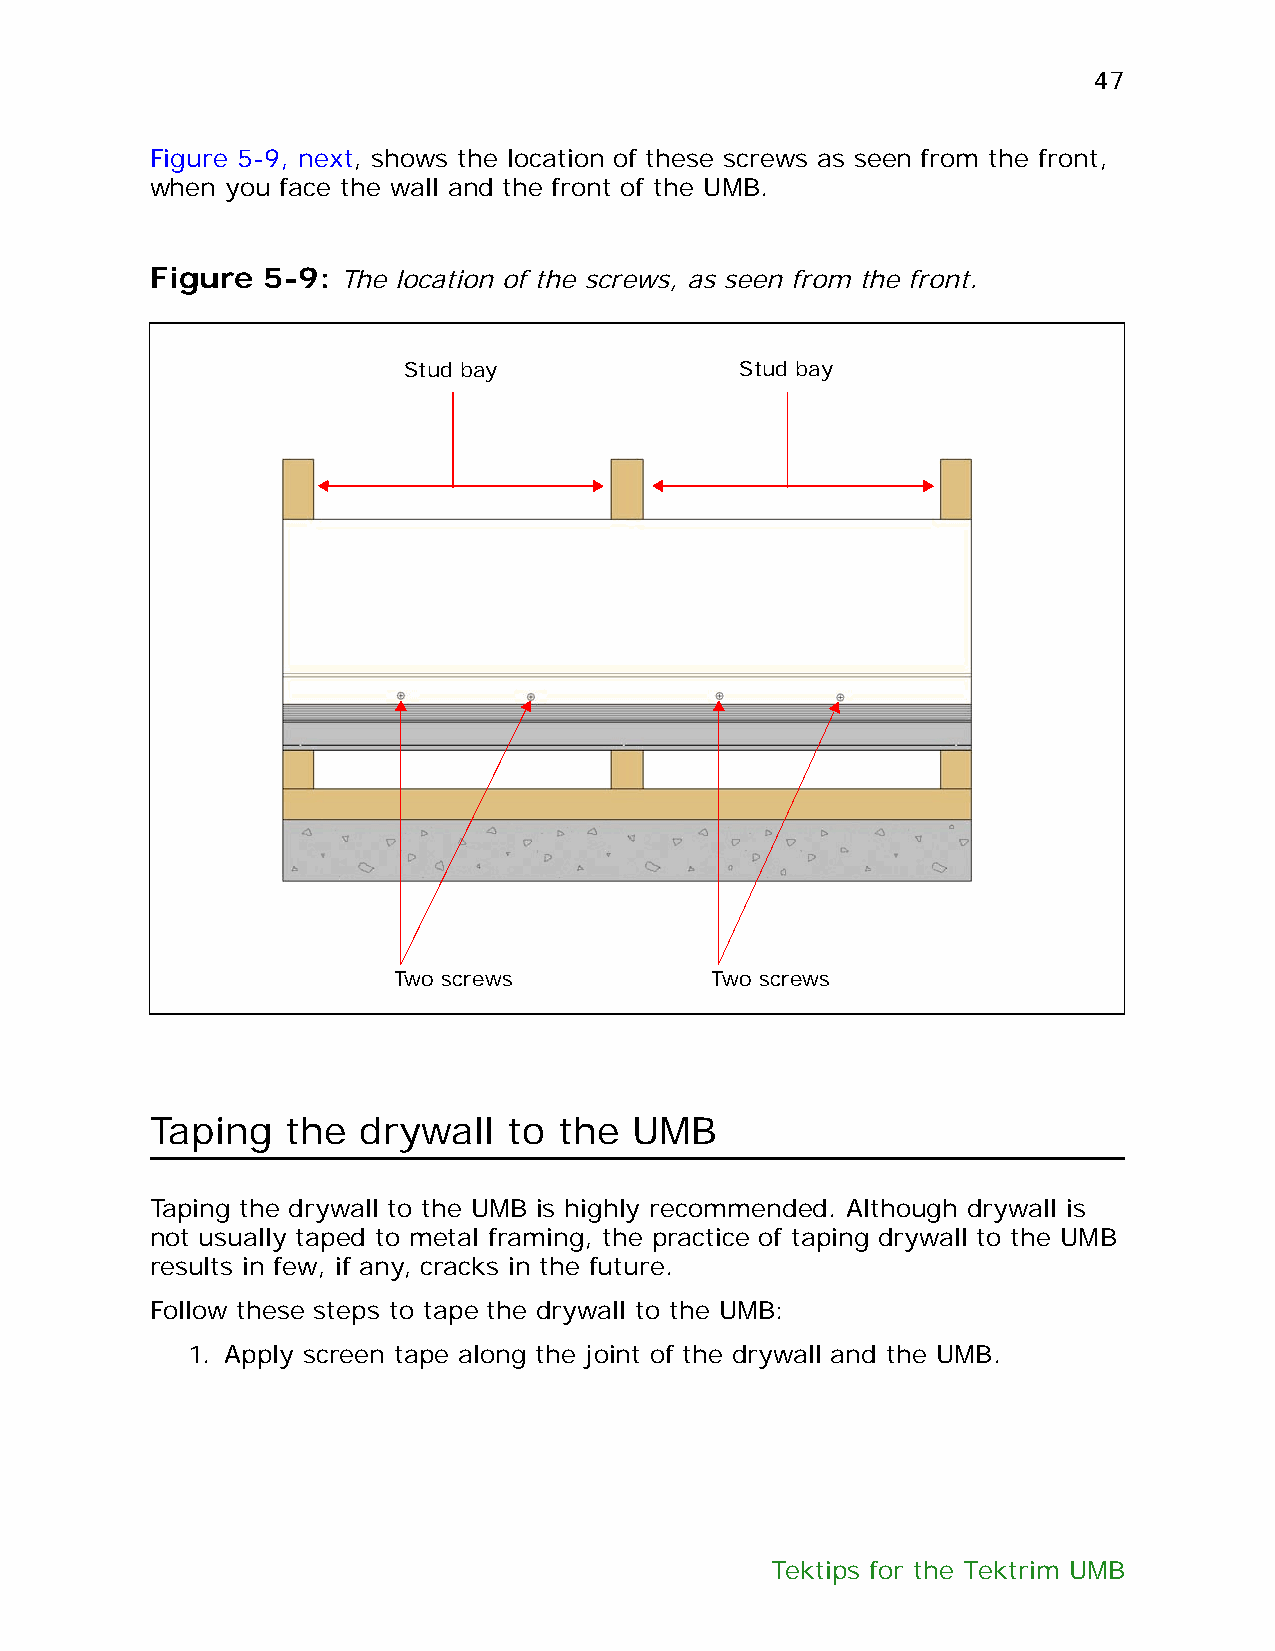
47
 Figure 5-9, next, shows the location of these screws as seen from the front,
 when you face the wall and the front of the UMB.
 Figure 5-9:  The location of the screws, as seen from the front.
 Stud bay              Stud bay
 Two screws           Two screws
 Taping   the  drywall   to the  UMB
 Taping the drywall to the UMB is highly recommended. Although drywall is
 not usually taped to metal framing, the practice of taping drywall to the UMB
 results in few, if any, cracks in the future.
 Follow these steps to tape the drywall to the UMB:
 1. Apply screen tape along the joint of the drywall and the UMB.
 Tektips for the Tektrim UMB